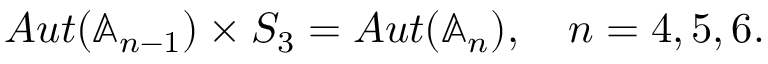
\begin{array} { r } { A u t ( \mathbb { A } _ { n - 1 } ) \times S _ { 3 } = A u t ( \mathbb { A } _ { n } ) , \quad n = 4 , 5 , 6 . } \end{array}